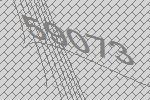
59073